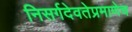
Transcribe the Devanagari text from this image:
निसर्गदेवतेप्रमाणेच